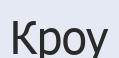
Кроу